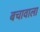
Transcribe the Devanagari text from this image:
बचावाला